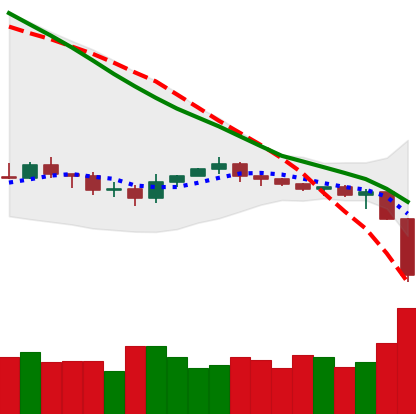
Ticker: XRP-USD
Chart end date: 2019-12-17
Forward return: 7.229%
Label: up_7plus